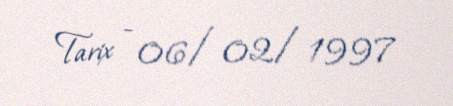
Tarix - 06/02/1997